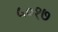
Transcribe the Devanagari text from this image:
५०१७